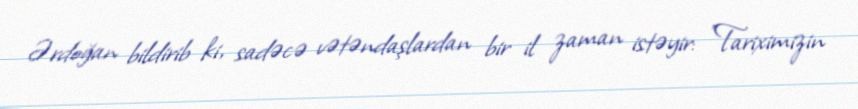
Ərdoğan bildirib ki, sadəcə vətəndaşlardan bir il zaman istəyir: "Tariximizin